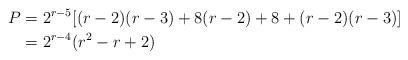
LaTeX: \begin{align*} P &= 2^{r-5}[(r-2)(r-3) + 8(r-2) + 8 + (r-2)(r-3)]\\ &=2^{r-4}(r^2-r+2) \end{align*}